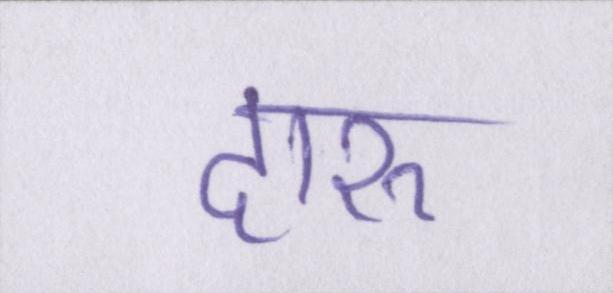
दारू